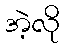
အဲ့လို